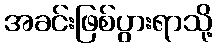
အခင်းဖြစ်ပွားရာသို့